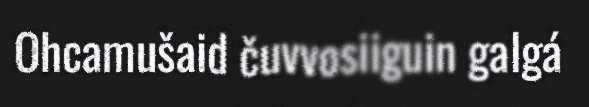
Ohcamušaid čuvvosiiguin galgá